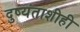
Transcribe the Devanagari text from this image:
दुष्यंताशीही